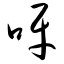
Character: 呀